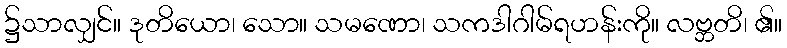
၌သာလျှင်။ ဒုတိယော၊ သော။ သမဏော၊ သကဒါဂါမ်ရဟန်းကို။ လဗ္ဘတိ၊ ၏။